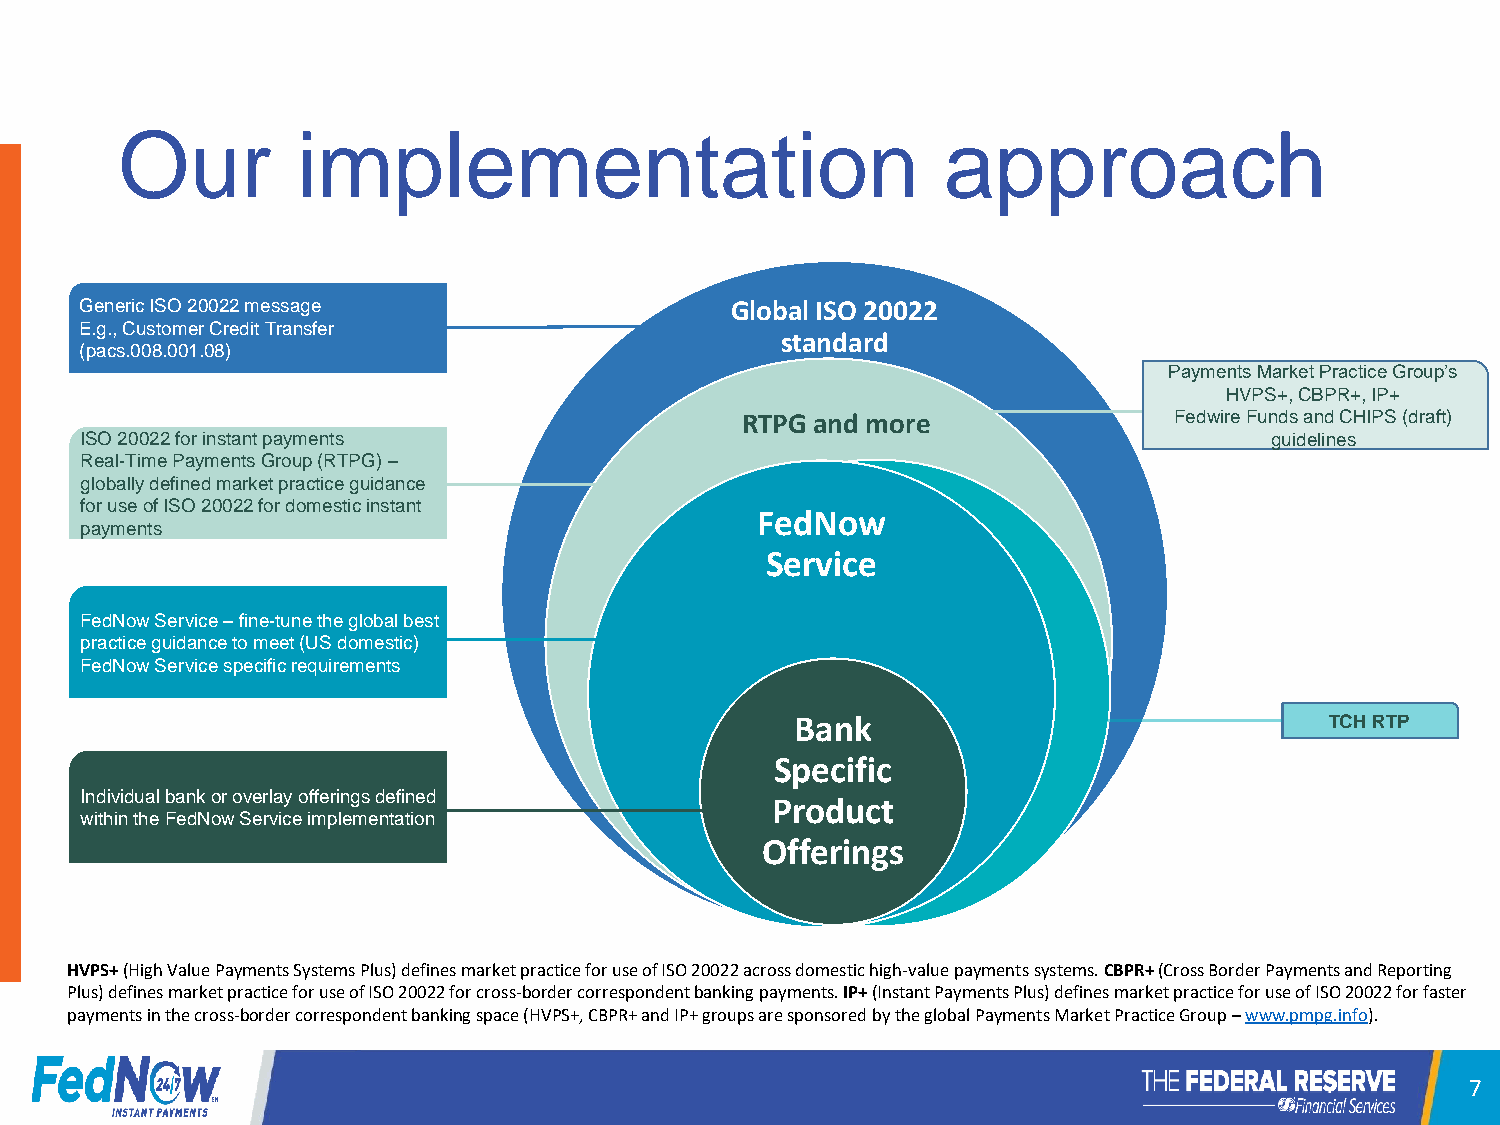
Our         implementation                            approach
 Generic ISO 20022 message                  Global ISO 20022
 E.g., Customer Credit Transfer
 standard
 (pacs.008.001.08)
 Payments Market Practice Group’s
 HVPS+, CBPR+, IP+
 RTPG and more                Fedwire Funds and CHIPS (draft)
 ISO 20022 for instant payments                                                 guidelines
 Real-Time Payments Group (RTPG) –
 globally defined market practice guidance
 for use of ISO 20022 for domestic instant
 FedNow
 payments
 Service
 FedNow Service –fine-tune the global best
 practice guidance to meet (US domestic)
 FedNow Service specific requirements
 Bank                               TCH RTP
 Specific
 Individual bank or overlay offerings defined
 Product
 within the FedNow Service implementation
 Offerings
 HVPS+ (High Value Payments Systems Plus) defines market practice for use of ISO 20022 across domestic high-value payments systems. CBPR+ (Cross Border Payments and Reporting
 Plus) defines market practice for use of ISO 20022 for cross-border correspondent banking payments. IP+ (Instant Payments Plus) defines market practice for use of ISO 20022 for faster
 payments in the cross-border correspondent banking space (HVPS+, CBPR+ and IP+ groups are sponsored by the global Payments Market Practice Group –www.pmpg.info).
 7